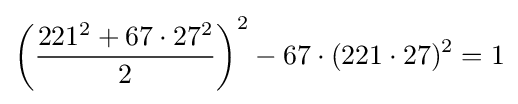
\left({\frac {221^{2}+67\cdot 27^{2}}{2}}\right)^{2}-67\cdot (221\cdot 27)^{2}=1